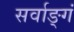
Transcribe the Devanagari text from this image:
सर्वाङ्गं